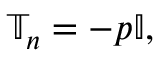
\mathbb { T } _ { n } = - p \mathbb { I } ,